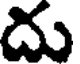
దు